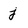
Character: j